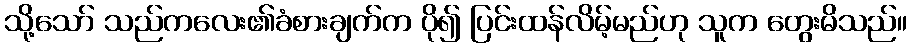
သို့သော် သည်ကလေး၏ခံစားချက်က ပို၍ ပြင်းထန်လိမ့်မည်ဟု သူက တွေးမိသည်။